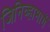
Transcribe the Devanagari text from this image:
जिनिव्हामार्गे